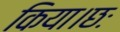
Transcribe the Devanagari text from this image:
किया।छः